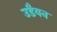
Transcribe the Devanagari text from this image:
उडैयन